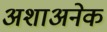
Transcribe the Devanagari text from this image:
अशाअनेक